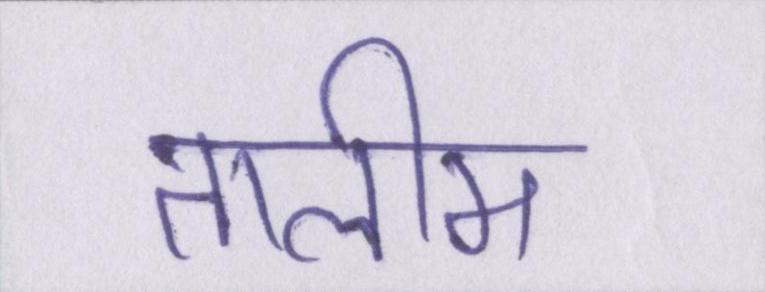
तालीम